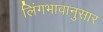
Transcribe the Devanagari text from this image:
लिंगभावानुसार